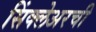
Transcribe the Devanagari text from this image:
सिंक्लेअरची